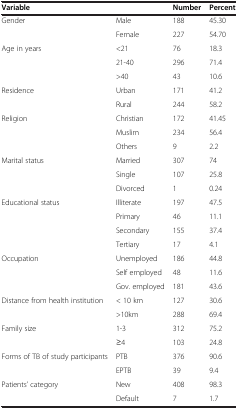
<table><thead><tr><td><b>Variable</b></td><td><b> </b></td><td><b>Number</b></td><td><b>Percent</b></td></tr></thead><tbody><tr><td>Gender</td><td>Male</td><td>188</td><td>45.30</td></tr><tr><td> </td><td>Female</td><td>227</td><td>54.70</td></tr><tr><td>Age in years</td><td>&lt;21</td><td>76</td><td>18.3</td></tr><tr><td> </td><td>21-40</td><td>296</td><td>71.4</td></tr><tr><td> </td><td>&gt;40</td><td>43</td><td>10.6</td></tr><tr><td>Residence</td><td>Urban</td><td>171</td><td>41.2</td></tr><tr><td> </td><td>Rural</td><td>244</td><td>58.2</td></tr><tr><td>Religion</td><td>Christian</td><td>172</td><td>41.45</td></tr><tr><td> </td><td>Muslim</td><td>234</td><td>56.4</td></tr><tr><td> </td><td>Others</td><td>9</td><td>2.2</td></tr><tr><td>Marital status</td><td>Married</td><td>307</td><td>74</td></tr><tr><td> </td><td>Single</td><td>107</td><td>25.8</td></tr><tr><td> </td><td>Divorced</td><td>1</td><td>0.24</td></tr><tr><td>Educational status</td><td>Illiterate</td><td>197</td><td>47.5</td></tr><tr><td> </td><td>Primary</td><td>46</td><td>11.1</td></tr><tr><td> </td><td>Secondary</td><td>155</td><td>37.4</td></tr><tr><td> </td><td>Tertiary</td><td>17</td><td>4.1</td></tr><tr><td>Occupation</td><td>Unemployed</td><td>186</td><td>44.8</td></tr><tr><td> </td><td>Self employed</td><td>48</td><td>11.6</td></tr><tr><td> </td><td>Gov. employed</td><td>181</td><td>43.6</td></tr><tr><td>Distance from health institution</td><td>&lt; 10 km</td><td>127</td><td>30.6</td></tr><tr><td> </td><td>&gt;10km</td><td>288</td><td>69.4</td></tr><tr><td>Family size</td><td>1-3</td><td>312</td><td>75.2</td></tr><tr><td> </td><td>≥4</td><td>103</td><td>24.8</td></tr><tr><td>Forms of TB of study participants</td><td>PTB</td><td>376</td><td>90.6</td></tr><tr><td> </td><td>EPTB</td><td>39</td><td>9.4</td></tr><tr><td>Patients’ category</td><td>New</td><td>408</td><td>98.3</td></tr><tr><td> </td><td>Default</td><td>7</td><td>1.7</td></tr></tbody></table>